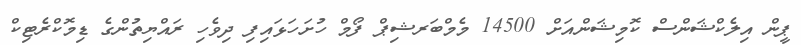
ޕީން އިލެކްޝަންސް ކޮމިޝަންއަށް 14500 މެމްބަރޝިޕް ފޯމް ހުށަހަޅައިފި ދިވެހި ރައްޔިތުންގެ ޑިމޮކްރެޓިކް